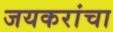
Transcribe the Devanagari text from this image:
जयकरांचा